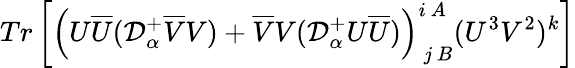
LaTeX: Tr\left[\left(U\overline{{{U}}}({\cal D}_{\alpha}^{+}\overline{{{V}}}V)+\overline{{{V}}}V({\cal D}_{\alpha}^{+}U\overline{{{U}}})\right)_{\ j\ B}^{i\ A}(U^{3}V^{2})^{k}\right]